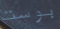
بوست